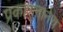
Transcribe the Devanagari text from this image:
प्रकाशनानेच